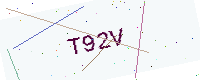
Text: T92V